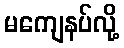
မကျေနပ်လို့